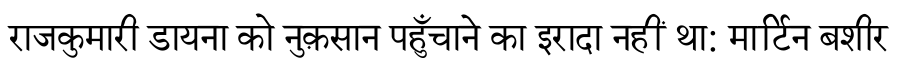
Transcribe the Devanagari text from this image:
राजकुमारी डायना को नुक़सान पहुँचाने का इरादा नहीं था: मार्टिन बशीर